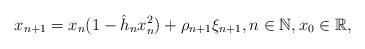
LaTeX: \begin{align*}x_{n+1}=x_n(1-\hat h_nx_n^2)+\rho_{n+1}\xi_{n+1}, n\in \mathbb N, x_0\in \mathbb R,\end{align*}